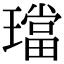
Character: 璫